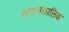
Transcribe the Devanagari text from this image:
समानकालिक